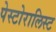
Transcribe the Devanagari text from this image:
पेस्टोरालिस्ट